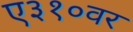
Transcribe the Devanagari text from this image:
ए३१०वर